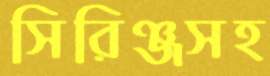
সিরিঞ্জসহ